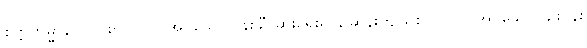
စိတ္တကမ္မာနိ၊ လှပစွာ ပြုလုပ်အပ်သော ပန်းချီဆေးရေးရုပ်, ဆန်းကျယ်စွာ ပြုလုပ်အပ်သော ခြူးပန်း